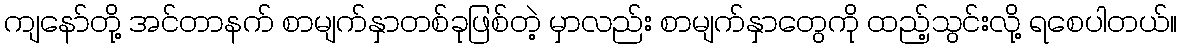
ကျနော်တို့ အင်တာနက် စာမျက်နှာတစ်ခုဖြစ်တဲ့ မှာလည်း စာမျက်နှာတွေကို ထည့်သွင်းလို့ ရစေပါတယ်။